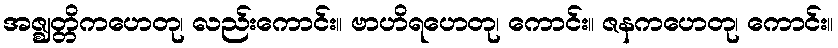
အဇ္ဈတ္တိကဟေတု၊ လည်းကောင်း။ ဗာဟိရဟေတု၊ ကောင်း။ ဇနကဟေတု၊ ကောင်း။